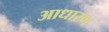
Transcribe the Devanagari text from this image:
आधारण